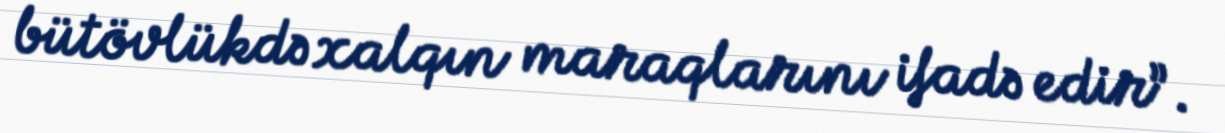
bütövlükdə xalqın maraqlarını ifadə edir”.